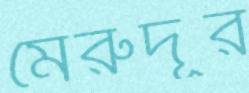
মেরুদূর